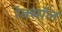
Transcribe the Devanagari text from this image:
रेक्सॉल